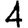
Digit: 4